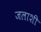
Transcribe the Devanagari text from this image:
जलाशी